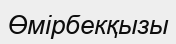
Өмірбекқызы